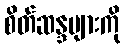
စိတ်ဆန္ဒများကို